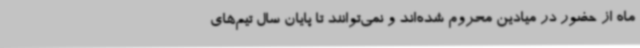
ماه از حضور در میادین محروم شده‌اند و نمی‌توانند تا پایان سال تیم‌های